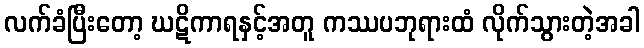
လက်ခံပြီးတော့ ဃဋိကာရနှင့်အတူ ကဿပဘုရားထံ လိုက်သွားတဲ့အခါ